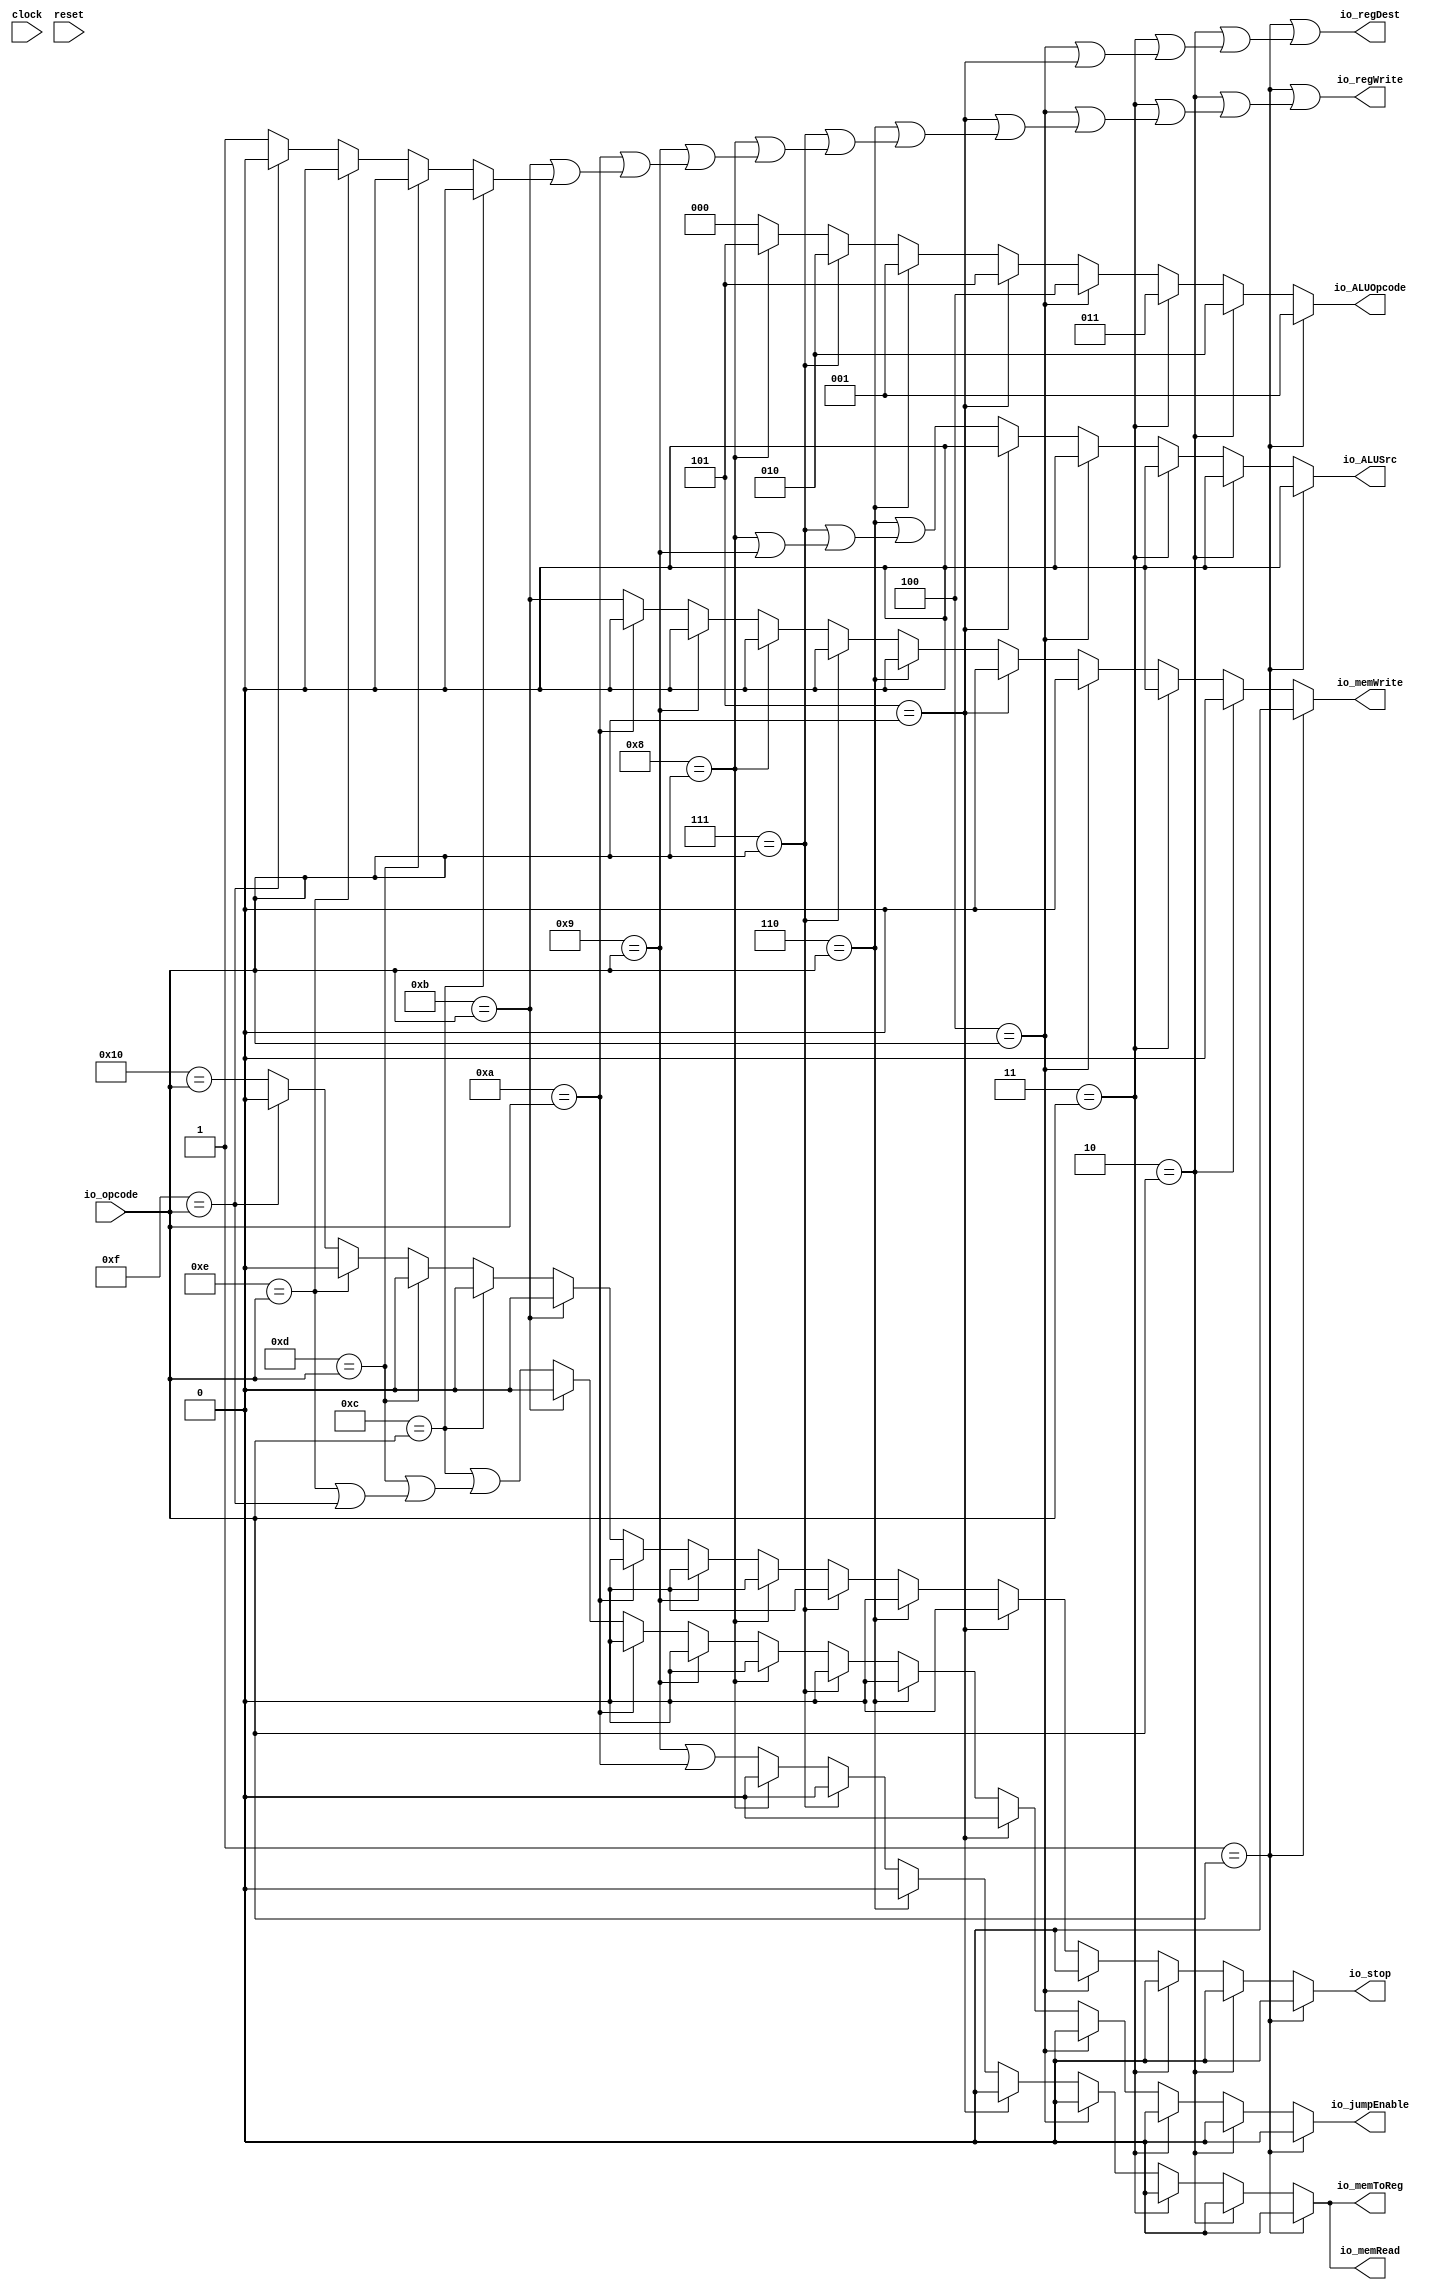
module ControlUnit(
  input        clock,
  input        reset,
  input  [5:0] io_opcode,
  output       io_jumpEnable,
  output       io_memToReg,
  output       io_memRead,
  output       io_memWrite,
  output [2:0] io_ALUOpcode,
  output       io_ALUSrc,
  output       io_regWrite,
  output       io_regDest,
  output       io_stop
);
  wire  _T = 6'h1 == io_opcode; // @[Conditional.scala 37:30]
  wire  _T_1 = 6'h2 == io_opcode; // @[Conditional.scala 37:30]
  wire  _T_2 = 6'h3 == io_opcode; // @[Conditional.scala 37:30]
  wire  _T_3 = 6'h4 == io_opcode; // @[Conditional.scala 37:30]
  wire  _T_4 = 6'h5 == io_opcode; // @[Conditional.scala 37:30]
  wire  _T_5 = 6'h6 == io_opcode; // @[Conditional.scala 37:30]
  wire  _T_6 = 6'h7 == io_opcode; // @[Conditional.scala 37:30]
  wire  _T_7 = 6'h8 == io_opcode; // @[Conditional.scala 37:30]
  wire  _T_8 = 6'h9 == io_opcode; // @[Conditional.scala 37:30]
  wire  _T_9 = 6'ha == io_opcode; // @[Conditional.scala 37:30]
  wire  _T_10 = 6'hb == io_opcode; // @[Conditional.scala 37:30]
  wire  _T_11 = 6'hc == io_opcode; // @[Conditional.scala 37:30]
  wire  _T_12 = 6'hd == io_opcode; // @[Conditional.scala 37:30]
  wire  _T_13 = 6'he == io_opcode; // @[Conditional.scala 37:30]
  wire  _T_14 = 6'hf == io_opcode; // @[Conditional.scala 37:30]
  wire  _T_15 = 6'h10 == io_opcode; // @[Conditional.scala 37:30]
  wire  _GEN_2 = _T_14 ? 1'h0 : 1'h1; // @[Conditional.scala 39:67]
  wire  _GEN_3 = _T_14 ? 1'h0 : _T_15; // @[Conditional.scala 39:67]
  wire  _GEN_4 = _T_13 | _T_14; // @[Conditional.scala 39:67]
  wire  _GEN_5 = _T_13 ? 1'h0 : _GEN_2; // @[Conditional.scala 39:67]
  wire  _GEN_6 = _T_13 ? 1'h0 : _GEN_3; // @[Conditional.scala 39:67]
  wire  _GEN_7 = _T_12 | _GEN_4; // @[Conditional.scala 39:67]
  wire  _GEN_8 = _T_12 ? 1'h0 : _GEN_5; // @[Conditional.scala 39:67]
  wire  _GEN_9 = _T_12 ? 1'h0 : _GEN_6; // @[Conditional.scala 39:67]
  wire  _GEN_10 = _T_11 | _GEN_7; // @[Conditional.scala 39:67]
  wire  _GEN_11 = _T_11 ? 1'h0 : _GEN_8; // @[Conditional.scala 39:67]
  wire  _GEN_12 = _T_11 ? 1'h0 : _GEN_9; // @[Conditional.scala 39:67]
  wire  _GEN_14 = _T_10 ? 1'h0 : _GEN_10; // @[Conditional.scala 39:67]
  wire  _GEN_15 = _T_10 | _GEN_11; // @[Conditional.scala 39:67]
  wire  _GEN_16 = _T_10 ? 1'h0 : _GEN_12; // @[Conditional.scala 39:67]
  wire  _GEN_18 = _T_9 ? 1'h0 : _T_10; // @[Conditional.scala 39:67]
  wire  _GEN_19 = _T_9 ? 1'h0 : _GEN_14; // @[Conditional.scala 39:67]
  wire  _GEN_20 = _T_9 | _GEN_15; // @[Conditional.scala 39:67]
  wire  _GEN_21 = _T_9 ? 1'h0 : _GEN_16; // @[Conditional.scala 39:67]
  wire  _GEN_23 = _T_8 | _T_9; // @[Conditional.scala 39:67]
  wire  _GEN_24 = _T_8 ? 1'h0 : _GEN_18; // @[Conditional.scala 39:67]
  wire  _GEN_25 = _T_8 ? 1'h0 : _GEN_19; // @[Conditional.scala 39:67]
  wire  _GEN_26 = _T_8 | _GEN_20; // @[Conditional.scala 39:67]
  wire  _GEN_27 = _T_8 ? 1'h0 : _GEN_21; // @[Conditional.scala 39:67]
  wire [2:0] _GEN_28 = _T_7 ? 3'h5 : 3'h0; // @[Conditional.scala 39:67]
  wire  _GEN_29 = _T_7 | _T_8; // @[Conditional.scala 39:67]
  wire  _GEN_30 = _T_7 ? 1'h0 : _GEN_23; // @[Conditional.scala 39:67]
  wire  _GEN_31 = _T_7 ? 1'h0 : _GEN_24; // @[Conditional.scala 39:67]
  wire  _GEN_32 = _T_7 ? 1'h0 : _GEN_25; // @[Conditional.scala 39:67]
  wire  _GEN_33 = _T_7 | _GEN_26; // @[Conditional.scala 39:67]
  wire  _GEN_34 = _T_7 ? 1'h0 : _GEN_27; // @[Conditional.scala 39:67]
  wire [2:0] _GEN_35 = _T_6 ? 3'h2 : _GEN_28; // @[Conditional.scala 39:67]
  wire  _GEN_36 = _T_6 | _GEN_29; // @[Conditional.scala 39:67]
  wire  _GEN_37 = _T_6 ? 1'h0 : _GEN_30; // @[Conditional.scala 39:67]
  wire  _GEN_38 = _T_6 ? 1'h0 : _GEN_31; // @[Conditional.scala 39:67]
  wire  _GEN_39 = _T_6 ? 1'h0 : _GEN_32; // @[Conditional.scala 39:67]
  wire  _GEN_40 = _T_6 | _GEN_33; // @[Conditional.scala 39:67]
  wire  _GEN_41 = _T_6 ? 1'h0 : _GEN_34; // @[Conditional.scala 39:67]
  wire [2:0] _GEN_42 = _T_5 ? 3'h1 : _GEN_35; // @[Conditional.scala 39:67]
  wire  _GEN_43 = _T_5 | _GEN_36; // @[Conditional.scala 39:67]
  wire  _GEN_44 = _T_5 ? 1'h0 : _GEN_37; // @[Conditional.scala 39:67]
  wire  _GEN_45 = _T_5 ? 1'h0 : _GEN_38; // @[Conditional.scala 39:67]
  wire  _GEN_46 = _T_5 ? 1'h0 : _GEN_39; // @[Conditional.scala 39:67]
  wire  _GEN_47 = _T_5 | _GEN_40; // @[Conditional.scala 39:67]
  wire  _GEN_48 = _T_5 ? 1'h0 : _GEN_41; // @[Conditional.scala 39:67]
  wire [2:0] _GEN_49 = _T_4 ? 3'h5 : _GEN_42; // @[Conditional.scala 39:67]
  wire  _GEN_51 = _T_4 ? 1'h0 : _GEN_43; // @[Conditional.scala 39:67]
  wire  _GEN_52 = _T_4 ? 1'h0 : _GEN_44; // @[Conditional.scala 39:67]
  wire  _GEN_53 = _T_4 ? 1'h0 : _GEN_45; // @[Conditional.scala 39:67]
  wire  _GEN_54 = _T_4 ? 1'h0 : _GEN_46; // @[Conditional.scala 39:67]
  wire  _GEN_55 = _T_4 | _GEN_47; // @[Conditional.scala 39:67]
  wire  _GEN_56 = _T_4 ? 1'h0 : _GEN_48; // @[Conditional.scala 39:67]
  wire [2:0] _GEN_57 = _T_3 ? 3'h4 : _GEN_49; // @[Conditional.scala 39:67]
  wire  _GEN_58 = _T_3 | _T_4; // @[Conditional.scala 39:67]
  wire  _GEN_59 = _T_3 ? 1'h0 : _GEN_51; // @[Conditional.scala 39:67]
  wire  _GEN_60 = _T_3 ? 1'h0 : _GEN_52; // @[Conditional.scala 39:67]
  wire  _GEN_61 = _T_3 ? 1'h0 : _GEN_53; // @[Conditional.scala 39:67]
  wire  _GEN_62 = _T_3 ? 1'h0 : _GEN_54; // @[Conditional.scala 39:67]
  wire  _GEN_63 = _T_3 | _GEN_55; // @[Conditional.scala 39:67]
  wire  _GEN_64 = _T_3 ? 1'h0 : _GEN_56; // @[Conditional.scala 39:67]
  wire [2:0] _GEN_65 = _T_2 ? 3'h3 : _GEN_57; // @[Conditional.scala 39:67]
  wire  _GEN_66 = _T_2 | _GEN_58; // @[Conditional.scala 39:67]
  wire  _GEN_67 = _T_2 ? 1'h0 : _GEN_59; // @[Conditional.scala 39:67]
  wire  _GEN_68 = _T_2 ? 1'h0 : _GEN_60; // @[Conditional.scala 39:67]
  wire  _GEN_69 = _T_2 ? 1'h0 : _GEN_61; // @[Conditional.scala 39:67]
  wire  _GEN_70 = _T_2 ? 1'h0 : _GEN_62; // @[Conditional.scala 39:67]
  wire  _GEN_71 = _T_2 | _GEN_63; // @[Conditional.scala 39:67]
  wire  _GEN_72 = _T_2 ? 1'h0 : _GEN_64; // @[Conditional.scala 39:67]
  wire [2:0] _GEN_73 = _T_1 ? 3'h2 : _GEN_65; // @[Conditional.scala 39:67]
  wire  _GEN_74 = _T_1 | _GEN_66; // @[Conditional.scala 39:67]
  wire  _GEN_75 = _T_1 ? 1'h0 : _GEN_67; // @[Conditional.scala 39:67]
  wire  _GEN_76 = _T_1 ? 1'h0 : _GEN_68; // @[Conditional.scala 39:67]
  wire  _GEN_77 = _T_1 ? 1'h0 : _GEN_69; // @[Conditional.scala 39:67]
  wire  _GEN_78 = _T_1 ? 1'h0 : _GEN_70; // @[Conditional.scala 39:67]
  wire  _GEN_79 = _T_1 | _GEN_71; // @[Conditional.scala 39:67]
  wire  _GEN_80 = _T_1 ? 1'h0 : _GEN_72; // @[Conditional.scala 39:67]
  assign io_jumpEnable = _T ? 1'h0 : _GEN_78; // @[ControlUnit.scala 21:17 ControlUnit.scala 76:21 ControlUnit.scala 80:21 ControlUnit.scala 84:21 ControlUnit.scala 88:21]
  assign io_memToReg = _T ? 1'h0 : _GEN_76; // @[ControlUnit.scala 24:15 ControlUnit.scala 65:19 ControlUnit.scala 69:19]
  assign io_memRead = _T ? 1'h0 : _GEN_76; // @[ControlUnit.scala 25:14 ControlUnit.scala 66:18 ControlUnit.scala 70:18]
  assign io_memWrite = _T ? 1'h0 : _GEN_77; // @[ControlUnit.scala 26:15 ControlUnit.scala 73:19]
  assign io_ALUOpcode = _T ? 3'h1 : _GEN_73; // @[ControlUnit.scala 20:16 ControlUnit.scala 32:20 ControlUnit.scala 36:20 ControlUnit.scala 40:20 ControlUnit.scala 44:20 ControlUnit.scala 48:20 ControlUnit.scala 52:20 ControlUnit.scala 56:20 ControlUnit.scala 60:20]
  assign io_ALUSrc = _T ? 1'h0 : _GEN_75; // @[ControlUnit.scala 22:13 ControlUnit.scala 53:17 ControlUnit.scala 57:17 ControlUnit.scala 61:17 ControlUnit.scala 64:17]
  assign io_regWrite = _T | _GEN_79; // @[ControlUnit.scala 23:15 ControlUnit.scala 77:19 ControlUnit.scala 81:19 ControlUnit.scala 85:19 ControlUnit.scala 89:19]
  assign io_regDest = _T | _GEN_74; // @[ControlUnit.scala 27:14 ControlUnit.scala 33:18 ControlUnit.scala 37:18 ControlUnit.scala 41:18 ControlUnit.scala 45:18 ControlUnit.scala 49:18]
  assign io_stop = _T ? 1'h0 : _GEN_80; // @[ControlUnit.scala 28:11 ControlUnit.scala 92:15]
endmodule